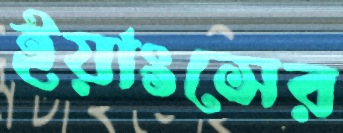
ইয়াংসের